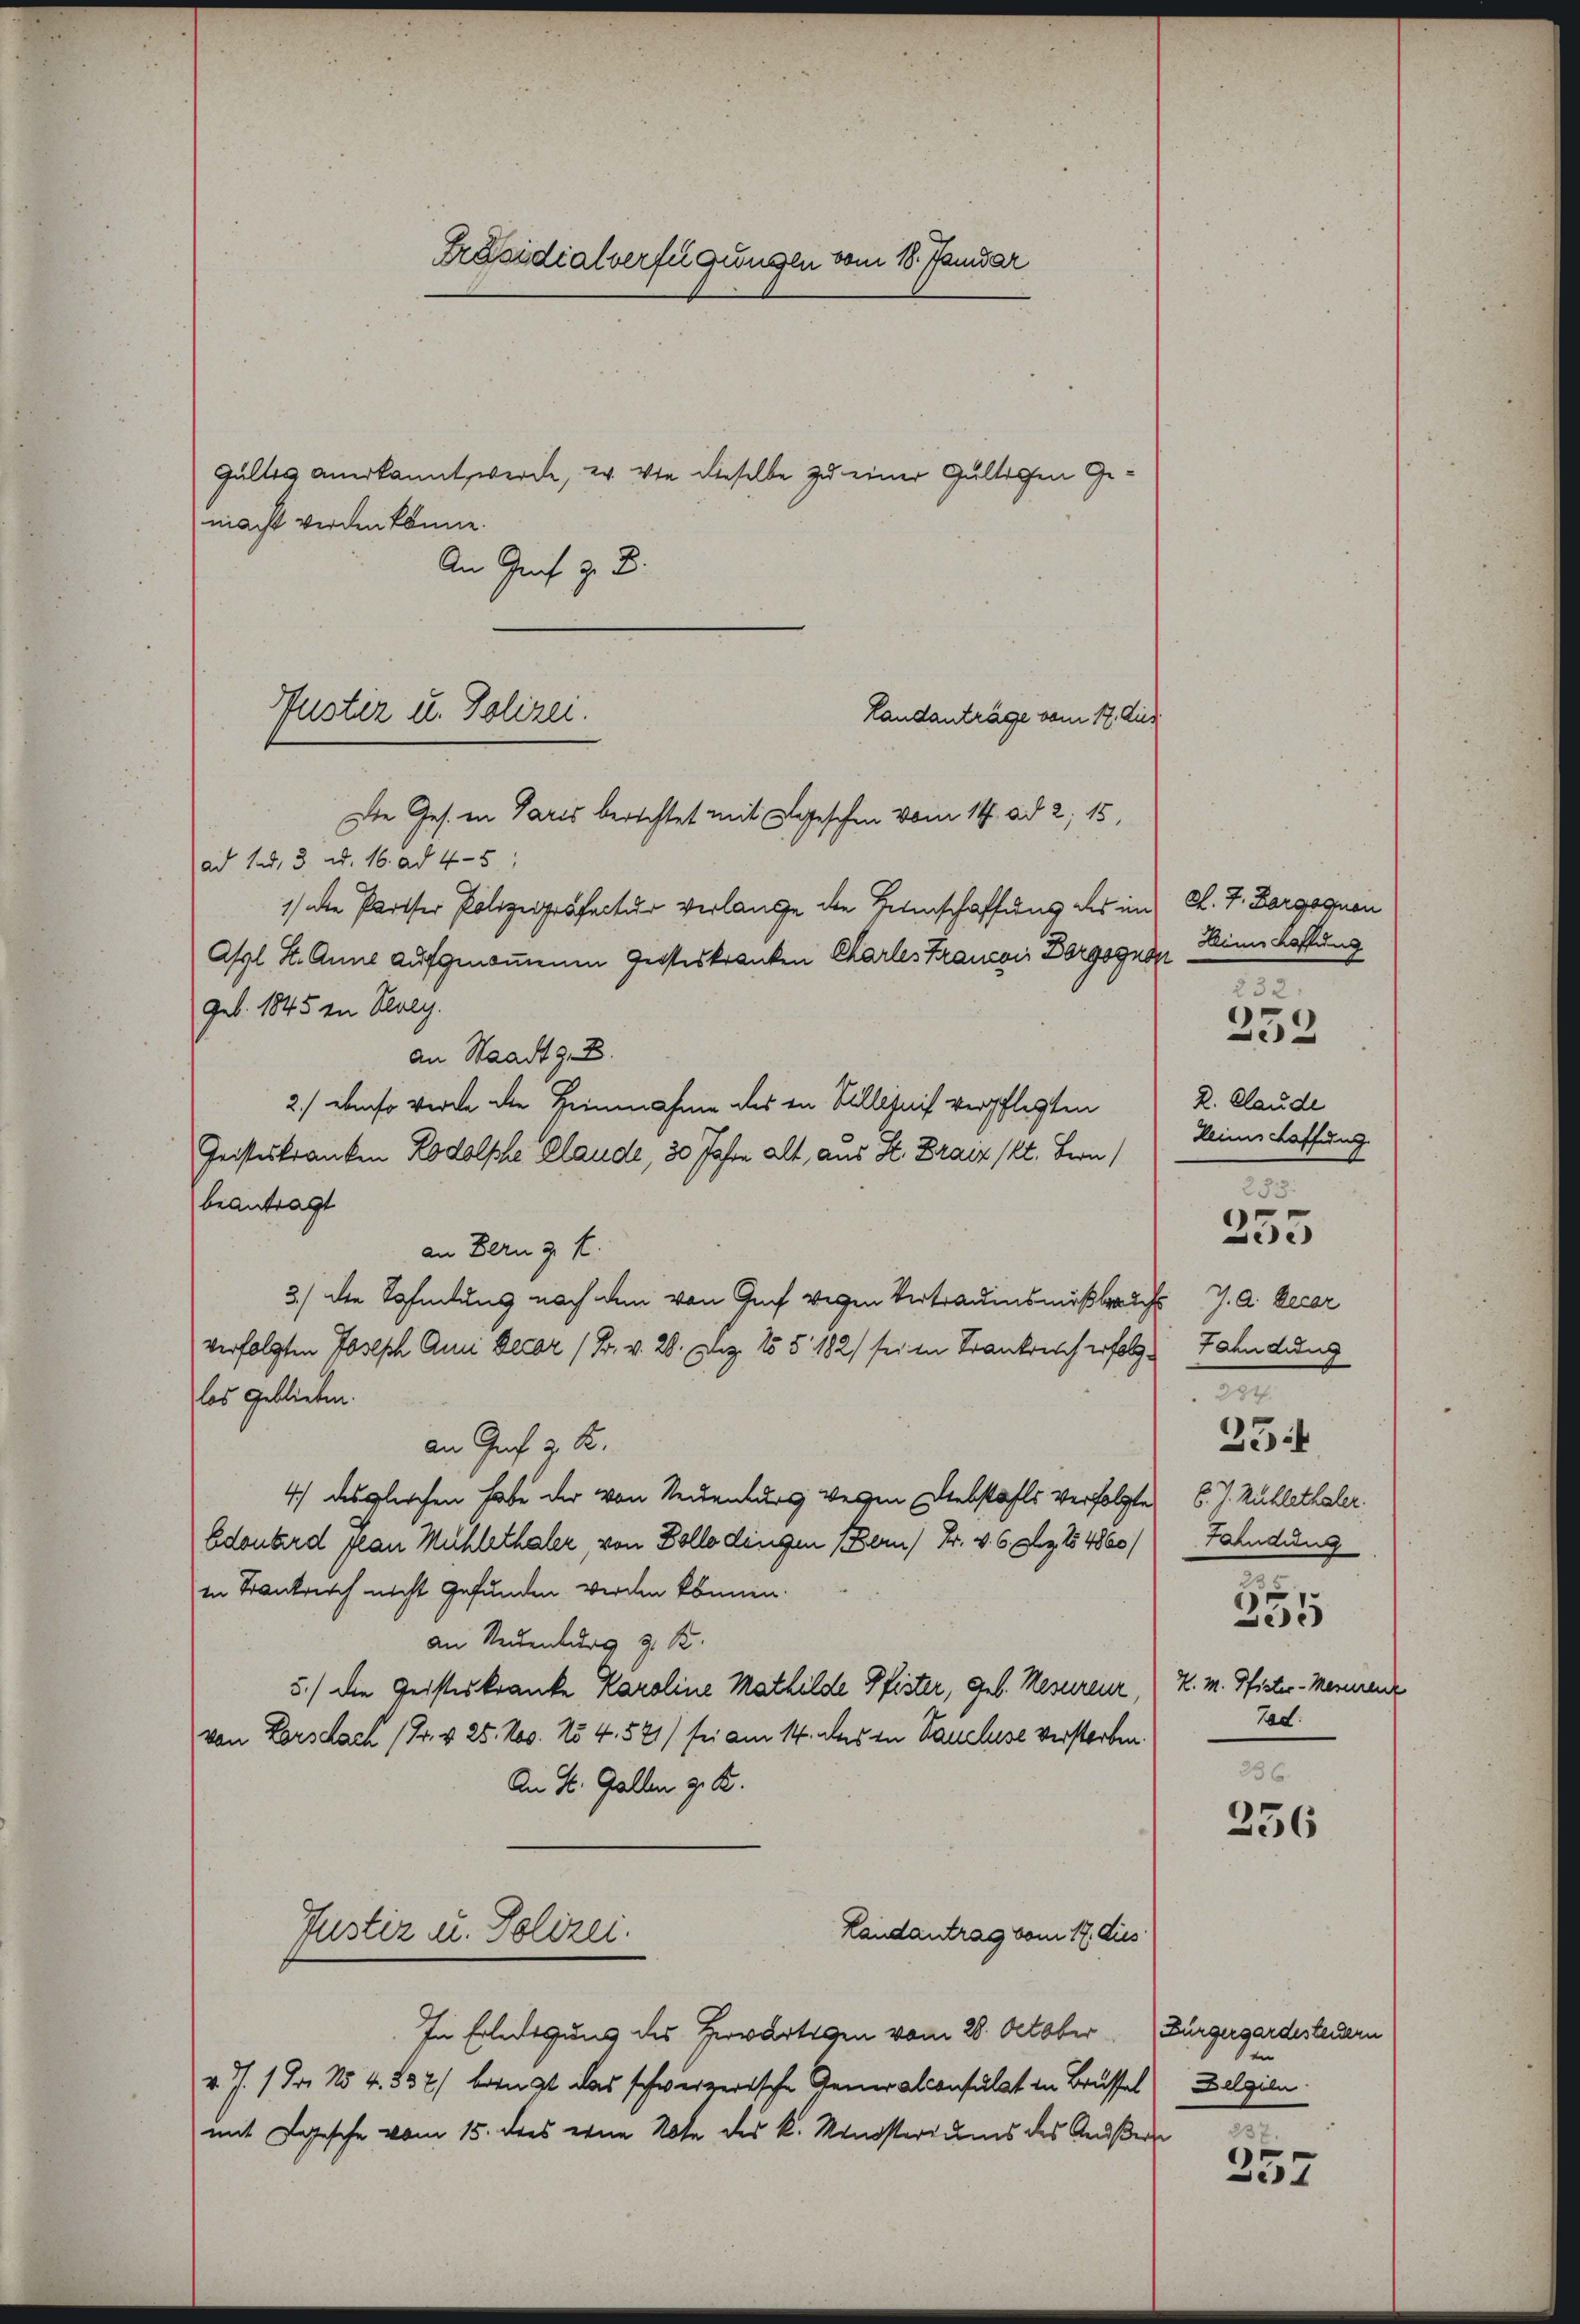
An Genf z. B.
Landanträge vom 17. Aus
Die Ges. in Paris berichtet mit Legeschen vom 14. ad 2, 15,
ad 1. d. 3. d. 16. ad 4-5
1) die Pariser Polizeiräfectur verlange die Helenschaffung des im K. J. Borgognon
Assl St. Anna aufgenommenen Geisteskranken Charles Francois Borgognen Zins Hoffung
geb. 1845 in Realg.
an Staadt z. B.
2.) ebenso werde die Heinnahme des in Sillignis verpflegten
Geisteskranken Rodolphe Claude, 30 Jahre alt, aus St. Braiz Pkt. Bern)
beantragt
an Bern z. E.
3) die Zahlung nach dem von Guch wegen Vertrauensmißbelichs J. A. Decor
verfolgten Joseph Anni Decar (Br. v. 28. Dez. 155 182) sei in Krankreich erfolglos geblieben.
an Graf 2. K.
4.) Desgleichen habe der von Neuenburg weggen Liebstahls verfolgtes 6. J. Zahlethaler.
Edouard plan Mühlethaler, von Dollodingen (Bern) Fr. v. 6. Dez. 14860/ Fahndung
in Trankrich nicht gefunden werden können.
an Neuenburg z. B.
5.) Die Geisteskranke Karoline Mathilde Pfister, geb. Nesureur,
von Lorschach (Dr. v. 25. Nov. No 4. 521) sei am 14. des in Bauchese verstorben.
An St. Gallen z. B.
Landantrag vom 17. dies
Justiz u. Polizei.
In Erledigung des Herwärtigen vom 28. October. Bürgergardesteuern
v. J. 1 Fr. 154. 532/ bangt das schweizerische Generalconsulat in Brüssel Belgien
mit gesche vom 15. dies eine Note des k. Ministeriums des Aeußer

macht werden könne.

Präsidialverfügungen vom 18. Januar

Puster u. Polizei.

Gültig anerkannt werde, ev. wie dieselbe zu einer Gultichen Ge¬

K. Claude
Reinschaffung
Fahndung
294.
254
.
5
H. M. Pfister-Mesurenz
Tad.
236

232
233

283.
355

236

23 x

257